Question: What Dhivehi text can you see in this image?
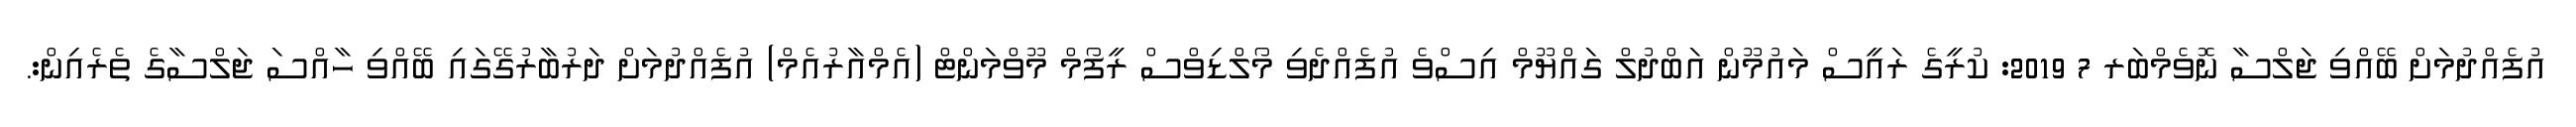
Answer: އުފެއްދުމަށް ބޭއްވި ޖަލްސާ ނޮވެމްބަރ 7 2019: ކުރީގެ ރައީސް މައުމޫން އަބްދުލް ގައްޔޫމް އިސްވެ އުފެއްދެވި މޯލްޑިވްސް ރީފޯމް މޫވްމަންޓް (އެމްއާރުއެމް) އުފެއްދުމަށް ދަރުބާރުގޭގައި ބޭއްވި ހާއްސަ ޖަލްސާގެ ތެރެއިން:.